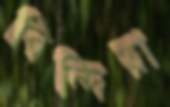
বিন্দিয়া